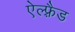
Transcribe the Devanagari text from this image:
ऐल्फ़्रैड